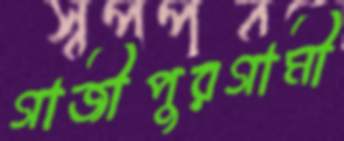
গাজীপুরগামী